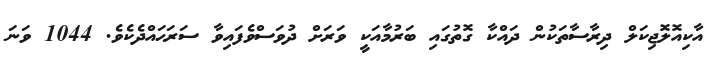
އާކިއޮލޮޖިކަލް ދިރާސާތަކުން ދައްކާ ގޮތުގައި ބަރުމާއަކީ ވަރަށް ދުވަސްވެފައިވާ ސަރަޙައްދެކެވެ. 1044 ވަނަ